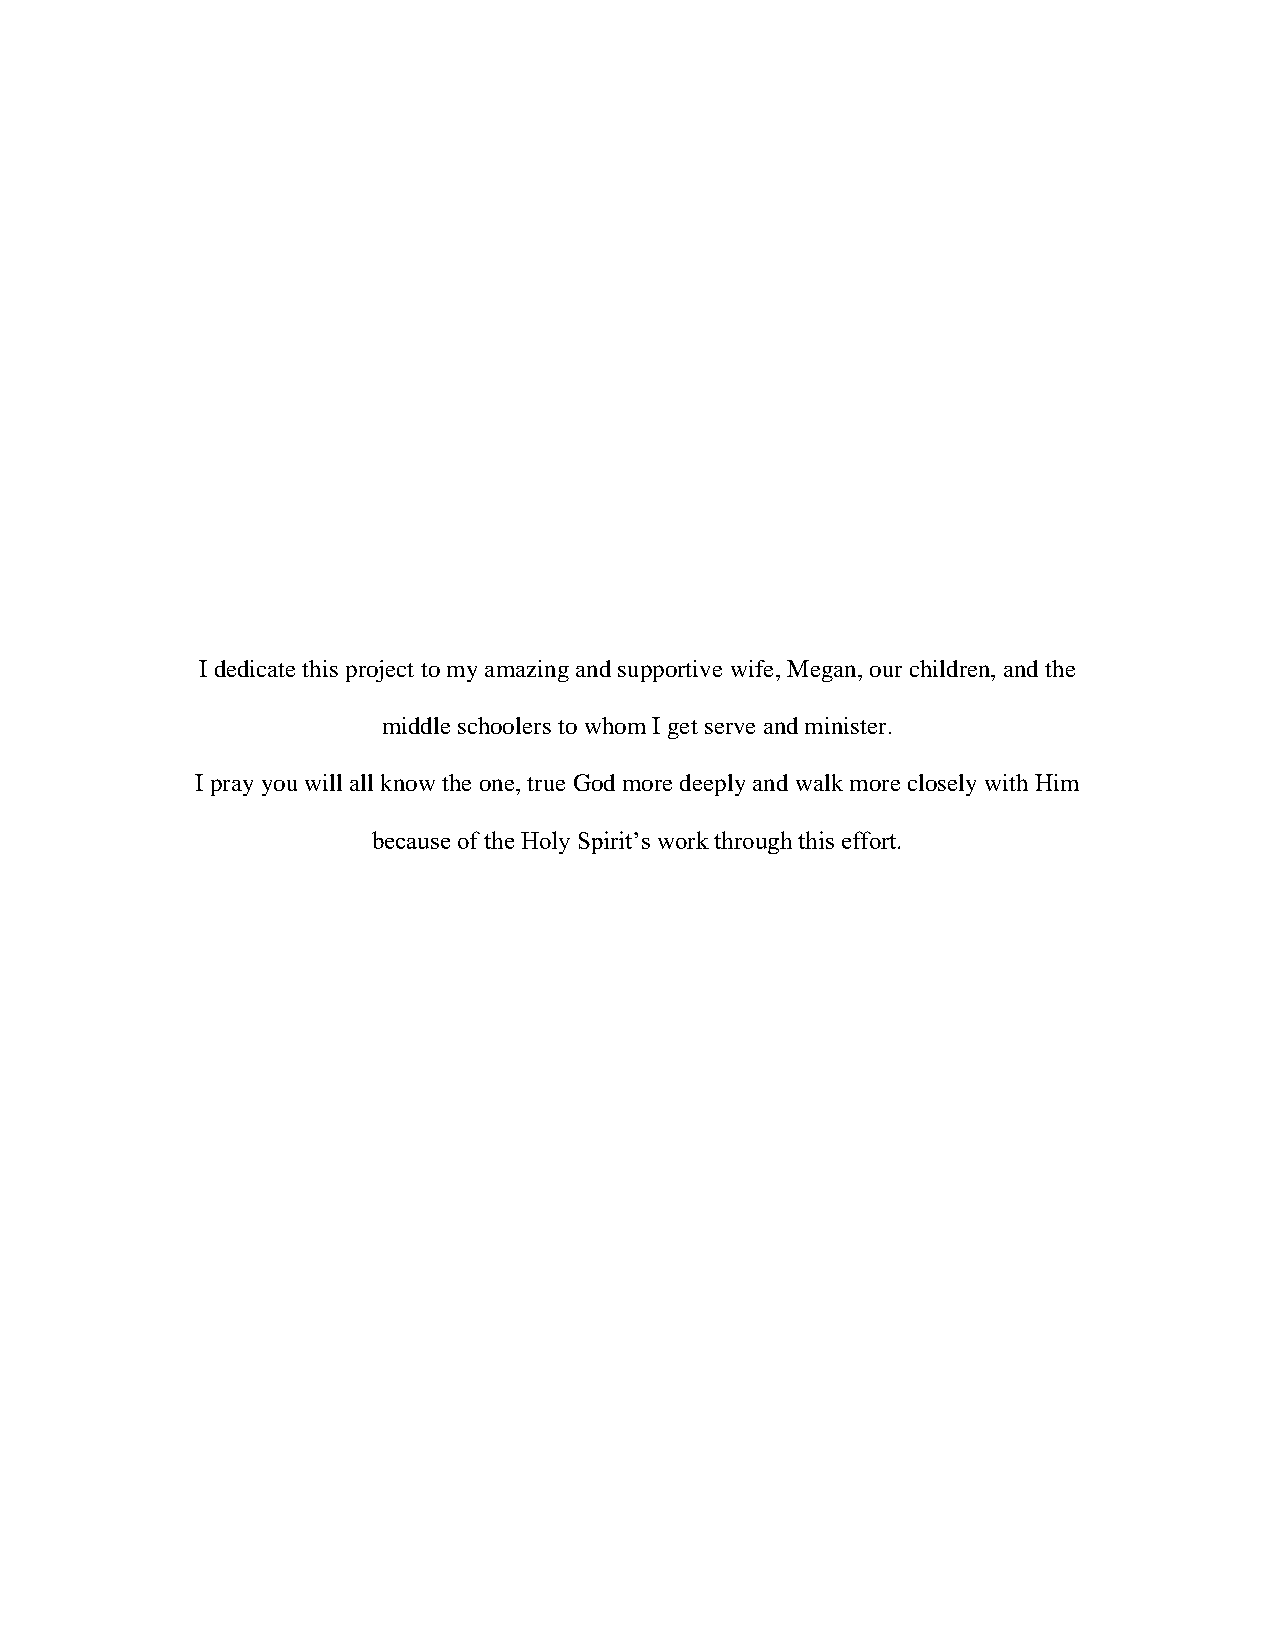
I dedicate this project to my amazing and supportive wife, Megan, our children, and the
 middle schoolers to whom I get serve and minister.
 I pray you will all know the one, true God more deeply and walk more closely with Him
 because of the Holy Spirit’s work through this effort.